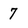
Character: 7